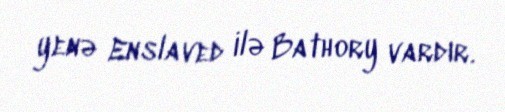
yenə Enslaved ilə Bathory vardır.